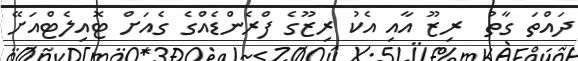
ދައްތަ ގާތު  ރިޒޫ އާއި އެކު ރިޒޫގެ ފްރެންޑެއްގެ ގެއަށް ޓޮއިލެޓްއަށޭ